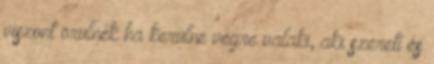
viszont örülnék ha kerülne végre valaki, aki szereti és